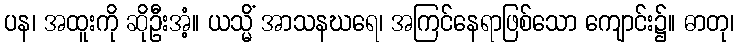
ပန၊ အထူးကို ဆိုဦးအံ့။ ယသ္မိံ အာသနဃရေ၊ အကြင်နေရာဖြစ်သော ကျောင်း၌။ ဓာတု၊